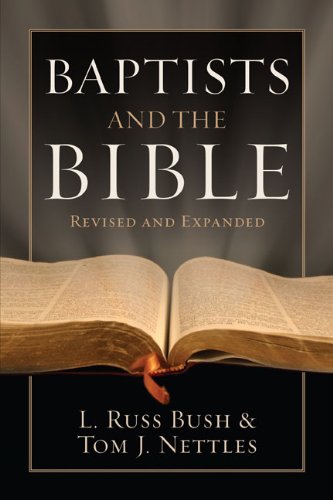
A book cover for Baptists and the Bible; L. Russ Bush; Christian Books & Bibles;